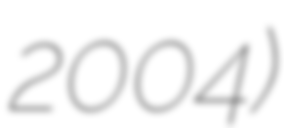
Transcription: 2004)